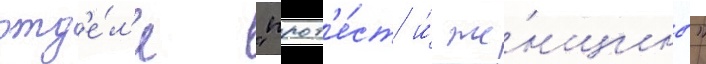
отд'е́л'е "прот'е́ст и́ же́нщины"